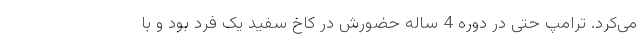
می‌کرد. ترامپ حتی در دوره 4 ساله حضورش در کاخ سفید یک فرد بود و با